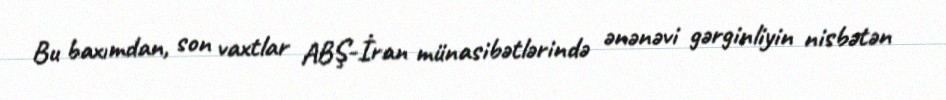
Bu baxımdan, son vaxtlar ABŞ-İran münasibətlərində ənənəvi gərginliyin nisbətən